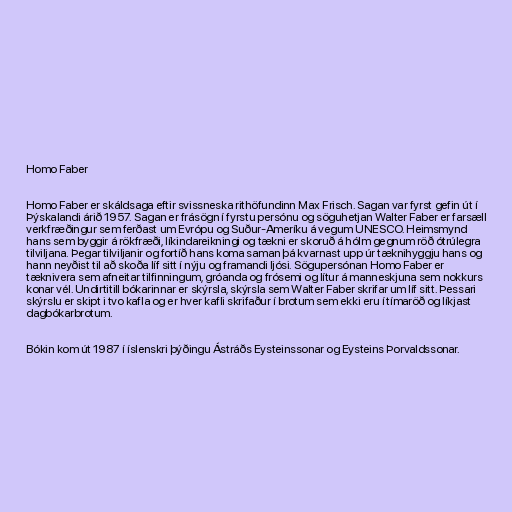
Homo Faber

Homo Faber er skáldsaga eftir svissneska rithöfundinn Max Frisch. Sagan var fyrst gefin út í
Þýskalandi árið 1957. Sagan er frásögn í fyrstu persónu og söguhetjan Walter Faber er farsæll
verkfræðingur sem ferðast um Evrópu og Suður-Ameríku á vegum UNESCO. Heimsmynd
hans sem byggir á rökfræði, líkindareikningi og tækni er skoruð á hólm gegnum röð ótrúlegra
tilviljana. Þegar tilviljanir og fortíð hans koma saman þá kvarnast upp úr tæknihyggju hans og
hann neyðist til að skoða líf sitt í nýju og framandi ljósi. Sögupersónan Homo Faber er
tæknivera sem afneitar tilfinningum, gróanda og frósemi og lítur á manneskjuna sem nokkurs
konar vél. Undirtitill bókarinnar er skýrsla, skýrsla sem Walter Faber skrifar um líf sitt. Þessari
skýrslu er skipt i tvo kafla og er hver kafli skrifaður í brotum sem ekki eru í tímaröð og líkjast
dagbókarbrotum.

Bókin kom út 1987 í íslenskri þýðingu Ástráðs Eysteinssonar og Eysteins Þorvaldssonar.